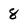
Character: 8